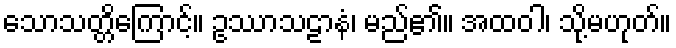
သောသတ္တိကြောင့်။ ဥဿာသဠာနံ၊ မည်၏။ အထဝါ၊ သို့မဟုတ်။